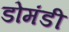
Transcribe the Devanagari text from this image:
डोमंडी